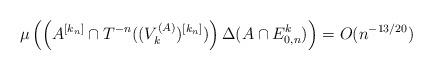
LaTeX: \begin{align*}\mu \left( \left(A^{[k_n]}\cap T^{-n}((V_k^{(A)})^{[k_n]}) \right) \Delta (A \cap E^{k}_{0,n}) \right)=O(n^{-13/20})\end{align*}